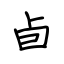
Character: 卣